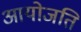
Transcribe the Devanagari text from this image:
आयोजति